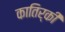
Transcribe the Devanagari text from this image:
कातिर्की